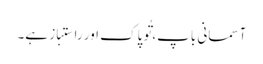
آسمانی باپ، تُو پاک اور راستباز ہے۔